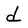
Character: d